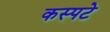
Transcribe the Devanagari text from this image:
कस्पटे